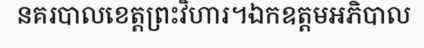
នគរបាលខេត្តព្រះវិហារ។ឯកឧត្តមអភិបាល